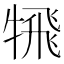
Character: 𩙲